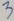
Text: 3